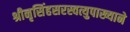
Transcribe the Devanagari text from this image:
श्रीनृसिंहसरस्वत्युपाख्याने